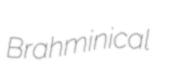
Brahminical